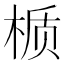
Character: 𬃊